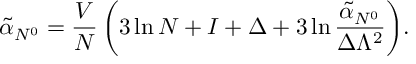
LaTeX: \tilde { \alpha } _ { N ^ { 0 } } = { \frac { V } { N } } \, \biggl ( 3 \ln N + I + \Delta + 3 \ln { \frac { \tilde { \alpha } _ { N ^ { 0 } } } { \Delta \Lambda ^ { 2 } } } \biggr ) .